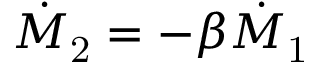
\dot { M } _ { \mathrm { 2 } } = - \beta \dot { M } _ { \mathrm { 1 } }